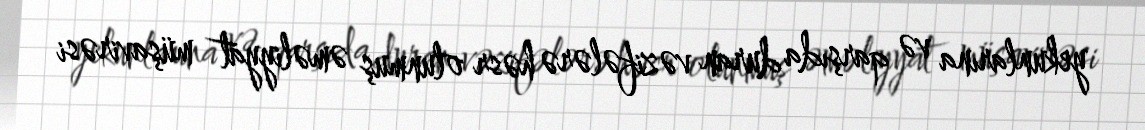
yekunlarına və qarşıda duran vəzifələrə həsr olunmuş əməliyyat müşavirəsi